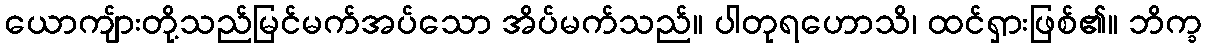
ယောကျ်ားတို့သည်မြင်မက်အပ်သော အိပ်မက်သည်။ ပါတုရဟောသိ၊ ထင်ရှားဖြစ်၏။ ဘိက္ခ